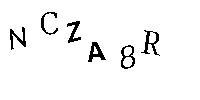
NCZA8R